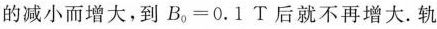
的减小而增大，到$$B_{0}=0.1T$$后就不再增大。轨